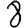
Digit: 8